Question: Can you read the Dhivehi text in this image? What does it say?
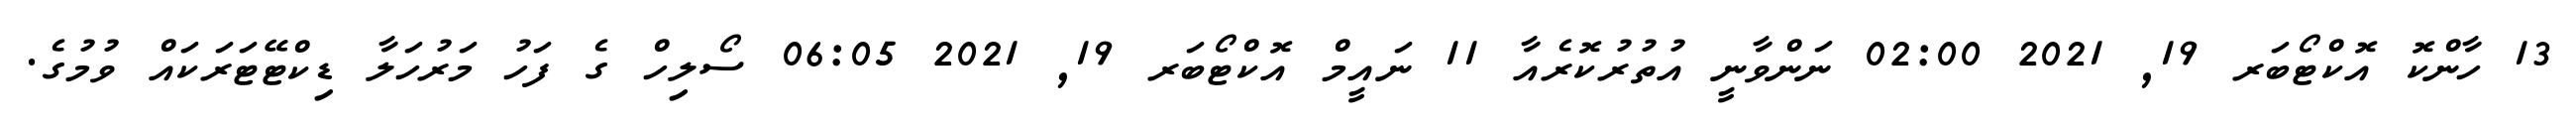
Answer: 13 ހާންކޮ އޮކްޓޯބަރ 19, 2021 02:00 ނަންވާނީ އުތުރުކޮރެއާ 11 ނައީމް އޮކްޓޯބަރ 19, 2021 06:05 ސޯލިހް ގެ ފަހު މަރުހަލާ ޑިކްޓޭޓަރަކައް ވުމުގެ.